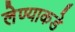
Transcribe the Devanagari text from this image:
लेण्याकडे